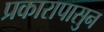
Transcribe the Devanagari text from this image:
प्रकारापासुन